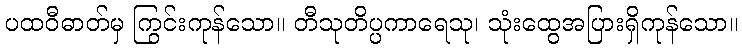
ပထဝီဓာတ်မှ ကြွင်းကုန်သော။ တီသုတိပ္ပကာရေသု၊ သုံးထွေအပြားရှိကုန်သော။